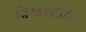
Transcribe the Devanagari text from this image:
विश्वशांति।